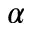
\alpha